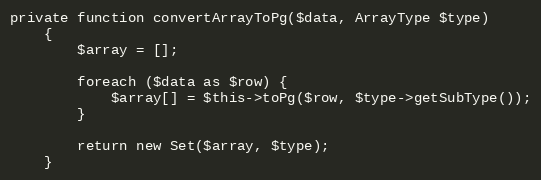
Language: PHP
private function convertArrayToPg($data, ArrayType $type)
    {
        $array = [];

        foreach ($data as $row) {
            $array[] = $this->toPg($row, $type->getSubType());
        }

        return new Set($array, $type);
    }